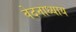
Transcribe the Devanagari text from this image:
वेदनाध्याय